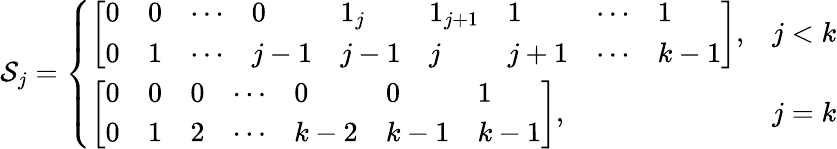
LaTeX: \mathcal{S}_{j}=\left\{ \begin{array}{ll}{\left[\begin{array}{lllllllll}{0}&{0}&{\cdots}&{0}&{1_{j}}&{1_{j+1}}&{1}&{\cdots}&{1}\\ {0}&{1}&{\cdots}&{j-1}&{j-1}&{j}&{j+1}&{\cdots}&{k-1}\end{array}\right],}&{j<k}\\ {\left[\begin{array}{lllllll}{0}&{0}&{0}&{\cdots}&{0}&{0}&{1}\\ {0}&{1}&{2}&{\cdots}&{k-2}&{k-1}&{k-1}\end{array}\right],}&{j=k}\end{array}\right.